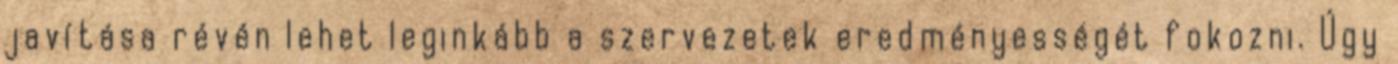
javítása révén lehet leginkább a szervezetek eredményességét fokozni. Úgy